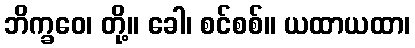
ဘိက္ခဝေ၊ တို့။ ခေါ၊ စင်စစ်။ ယထာယထာ၊